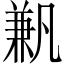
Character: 𠔮